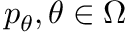
p _ { \theta } , \theta \in \Omega